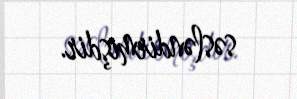
səsləndirmişdir.